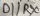
Text: D1/RX